Materia medica of Madras volume I
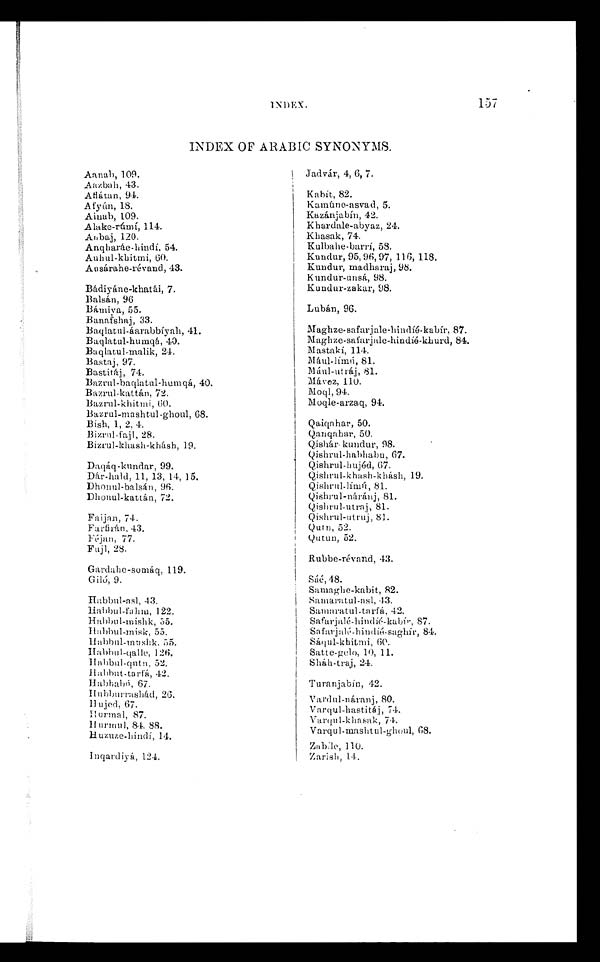
"INDEX..
157
INDEX OF ARABIC SYNONYMS.
Aanab, 109.
Aazbah, 43.
Aflátan, 94.
Afyún, 18.
Ainab, 109.
Alake-rúmí, 114.
Anbaj, 120.
Anqharáe-hindí, 54
. Auhul-khitmi, 60.
Ausárahe-révand, 43.
Bádiyáne-khatái, 7.
Balsán, 96
Bámiya, 55.
Banafshaj, 33.
Baqlatul-áarabbíyah, 41.
Baqlatul-humqá, 40.
Baqlatul-malik, 24.
Bastaj, 97.
Bastitáj, 74.
Bazrul-baqlatul-humqá, 40.
Bazrul-kattán, 72.
Bazrul-khitmi, 60.
Bazrul-mashtul-ghoul, 68.
Bísh, 1, 2, 4.
Bizrul-fajl, 28.
Bizrul-khash-khásh, 19.
Daqáq-kundar, 99.
Dár-hald, 11, 13, 14, 15.
Dhonul-balsán, 96.
Dhonul-kattán, 72.
Faijan, 74.
F a r f i r á n , 4 3 .
Féjan, 77.
Fujl, 28.
Gardahe-somáq, 119.
Giló, 9.
Habbul-asl, 43.
Habbul-fahm, 122.
Habbul-mishk, 55.
Habbul-misk, 55.
H abbul-mushk, 55.
Habbul-qalle, 126.
Ha bbul -qutn, 52.
Habbut-tarfá, 42.
H a b h a b ú , 6 7 .
Hubburrashád, 26.
Hujed, 67.
Hurmal, 87.
Hurmul, 84, 88.
Huzuze-hindí, 14.
Inqardiyá, 124.
Jadvár, 4, 6, 7.
Kabit, 82.
Kamúno-asvad, 5.
Kazánjabín, 42.
Khardale-abyaz, 24.
Khasak, 74.
Kulbahe-barrí, 58.
Kundur, 95, 96, 97, 116, 118.
Kundur, madharaj, 98.
Kundur-unsá, 98.
Kundur-zakar, 98.
Lubán, 96.
Maghze-safarjale-hindíé-kabír, 87.
Maghze-safarjale-hindíé-khurd, 84.
Mastakí, 114.
81.
Mául-utráj, 81.
Mávez, 110.
Moql, 94.
Moqle-arzaq, 94.
Qaiqahar, 50.
Qanqahar, 50.
Qishár- kundur, 98.
Qishrul-habhabu, 67.
Qishrul-hujéd, 67.
Qishrul-khash-khásh, 19.
Qishrul-límú, 81.
Qishrul-náránj, 81.
Qishrul-utraj, 81.
Qishrul-utruj, 81.
Qutn, 52.
Qutun, 52.
Rubbe-révand, 43.
Sáé, 48.
Samaghe-kabit, 82.
Samaratul-asl, 43.
Samaratul-tarfá, 42.
Safarjalé-hindíé-kabír, 87.
Safarjalé-hindíé-saghír, 84.
Sáiqu1-khitrmi,
60.Satte-gelo, 10, 11.
Sháh-traj, 24.
Turanjabín, 42.
Vardul-náranj, 80.
Varqul-hastitáj, 74.
Varqul-Khasak, 74.
Varqul-mashtul-ghoul, 68.
Zabíle, 110.
Zarish, 14.